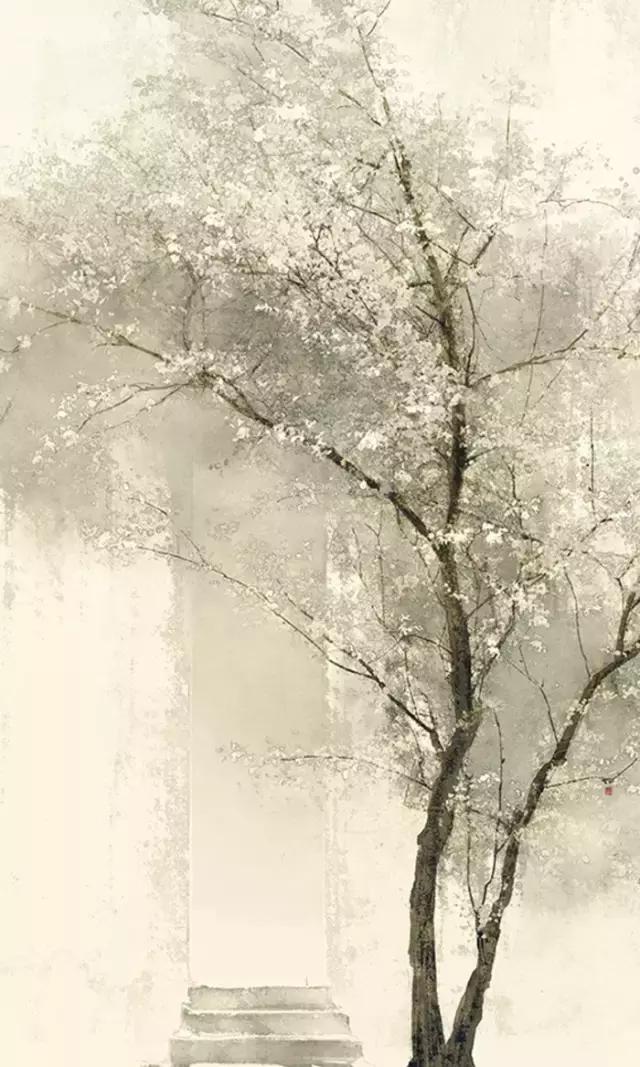
福轻乎羽，莫之知载祸重乎地，莫之知避。